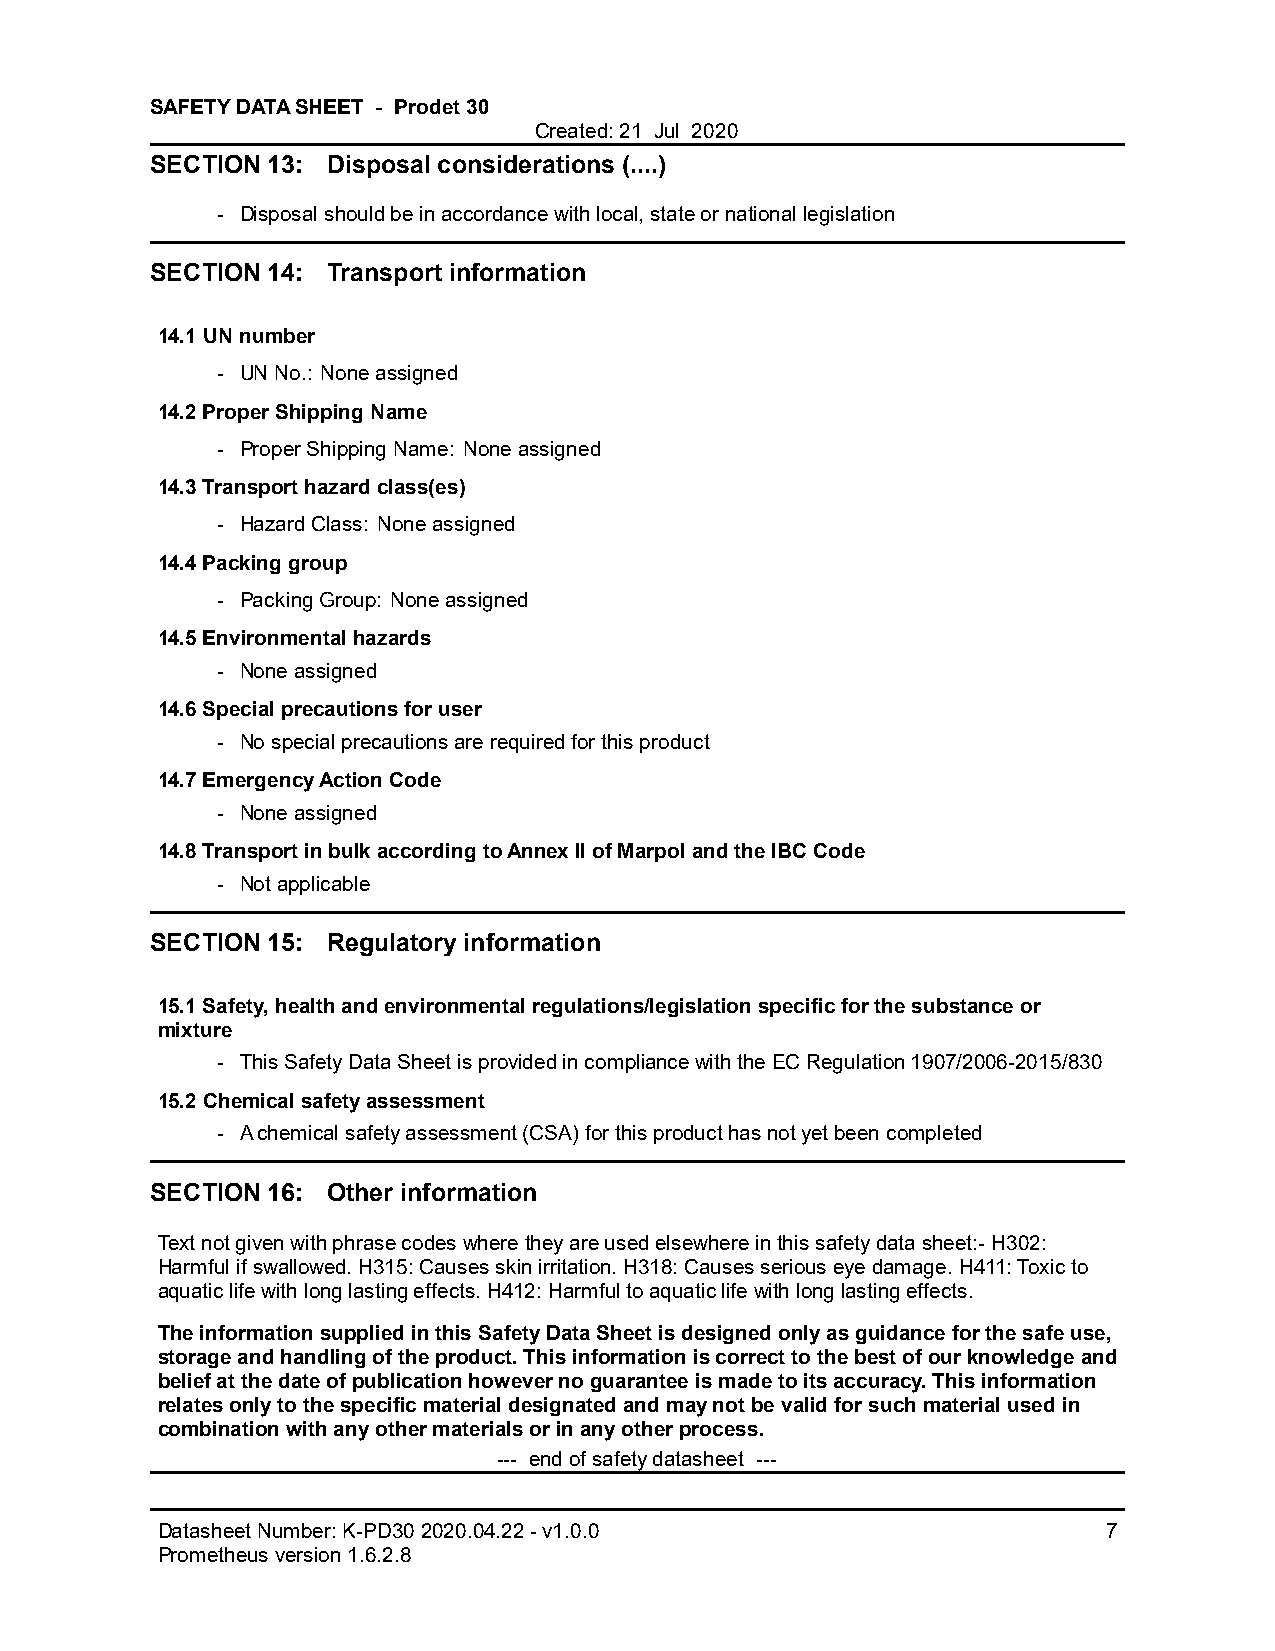
SAFETY DATA SHEET - Prodet 30
 Created: 21 Jul 2020
 SECTION 13: Disposal considerations (....)
 - Disposal should be in accordance with local, state or national legislation
 SECTION 14: Transport information
 14.1 UN number
 - UN No.: None assigned
 14.2 Proper Shipping Name
 - Proper Shipping Name: None assigned
 14.3 Transport hazard class(es)
 - Hazard Class: None assigned
 14.4 Packing group
 - Packing Group: None assigned
 14.5 Environmental hazards
 - None assigned
 14.6 Special precautions for user
 - No special precautions are required for this product
 14.7 Emergency Action Code
 - None assigned
 14.8 Transport in bulk according to Annex II of Marpol and the IBC Code
 - Not applicable
 SECTION 15: Regulatory information
 15.1 Safety, health and environmental regulations/legislation specific for the substance or
 mixture
 - This Safety Data Sheet is provided in compliance with the EC Regulation 1907/2006-2015/830
 15.2 Chemical safety assessment
 - A chemical safety assessment (CSA) for this product has not yet been completed
 SECTION 16: Other information
 Text not given with phrase codes where they are used elsewhere in this safety data sheet:- H302:
 Harmful if swallowed. H315: Causes skin irritation. H318: Causes serious eye damage. H411: Toxic to
 aquatic life with long lasting effects. H412: Harmful to aquatic life with long lasting effects.
 The information supplied in this Safety Data Sheet is designed only as guidance for the safe use,
 storage and handling of the product. This information is correct to the best of our knowledge and
 belief at the date of publication however no guarantee is made to its accuracy. This information
 relates only to the specific material designated and may not be valid for such material used in
 combination with any other materials or in any other process.
 --- end of safety datasheet ---
 Datasheet Number: K-PD30 2020.04.22 - v1.0.0                   7
 Prometheus version 1.6.2.8